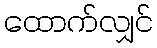
ထောက်လျှင်